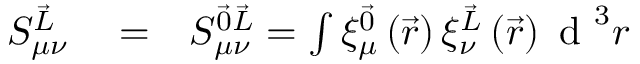
\begin{array} { r l r } { S _ { \mu \nu } ^ { \vec { L } } } & { { } = } & { S _ { \mu \nu } ^ { \vec { 0 } \vec { L } } = \int \xi _ { \mu } ^ { \vec { 0 } } \left( \vec { r } \right) \xi _ { \nu } ^ { \vec { L } } \left( \vec { r } \right) \textrm { d } ^ { 3 } r } \end{array}